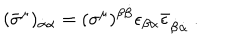
( \bar { \sigma } ^ { \mu } ) _ { \dot { \alpha } \alpha } = ( \sigma ^ { \mu } ) ^ { \beta \dot { \beta } } \epsilon _ { \beta \alpha } \bar { \epsilon } _ { \dot { \beta } \dot { \alpha } } ~ .